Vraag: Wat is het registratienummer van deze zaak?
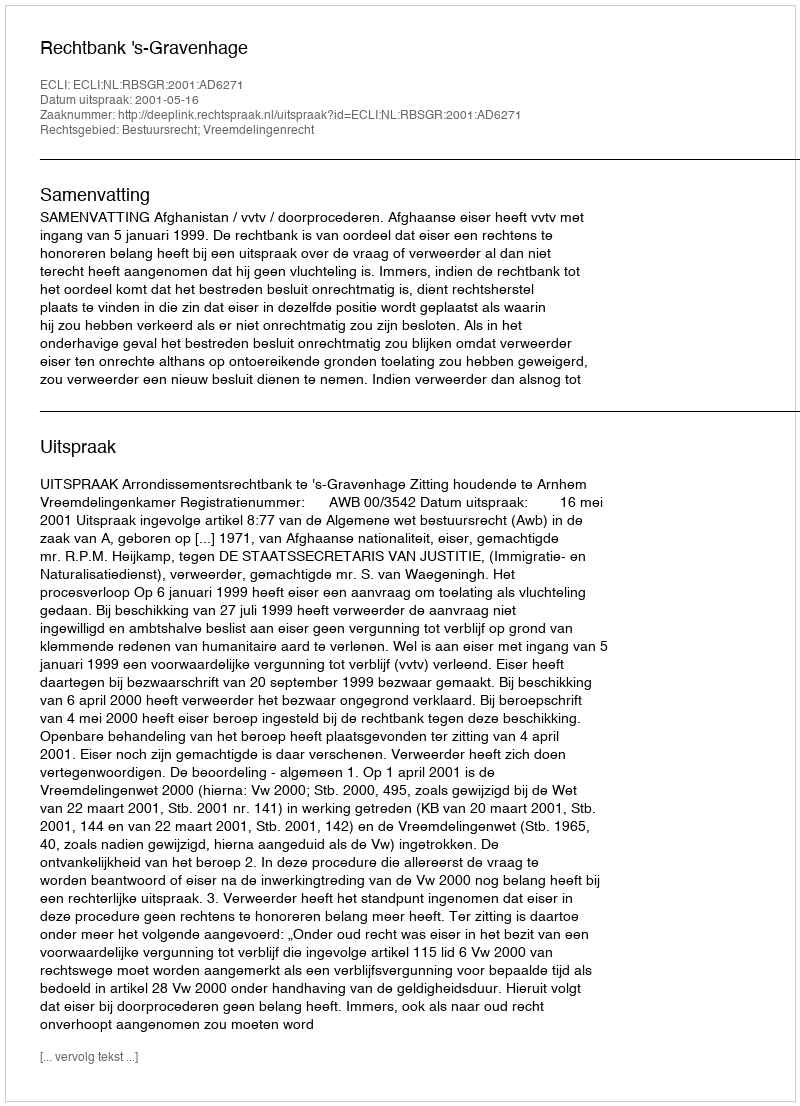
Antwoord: http://deeplink.rechtspraak.nl/uitspraak?id=ECLI:NL:RBSGR:2001:AD6271